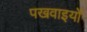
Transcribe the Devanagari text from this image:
पखवाइयों